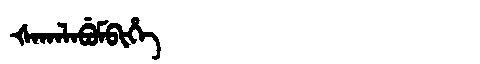
Manchu: ᡧᠠᡴᠠᠯᠠᠪᡠᠮᠪᡳᡥᡝ
Romanization: ŠAKALABUMBIHE